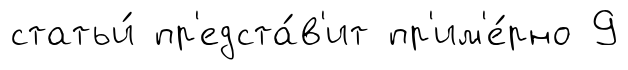
статьи́ пр'едста́в'ит пр'им'е́рно 9